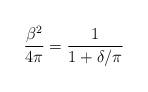
LaTeX: \begin{align*}{\beta^2\over 4 \pi} = {1 \over 1 + \delta/\pi}\end{align*}